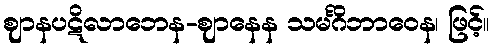
ဈာနပဋိလာဘေန-ဈာနေန သမင်္ဂိဘာဝေန၊ ဖြင့်။